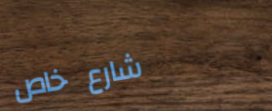
شارع خاص